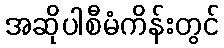
အဆိုပါစီမံကိန်းတွင်